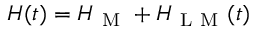
H ( t ) = H _ { \mathrm { ~ M ~ } } + H _ { \mathrm { ~ L ~ M ~ } } ( t )